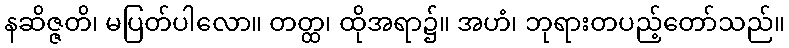
နဆိဇ္ဇတိ၊ မပြတ်ပါလော။ တတ္ထ၊ ထိုအရာ၌။ အဟံ၊ ဘုရားတပည့်တော်သည်။